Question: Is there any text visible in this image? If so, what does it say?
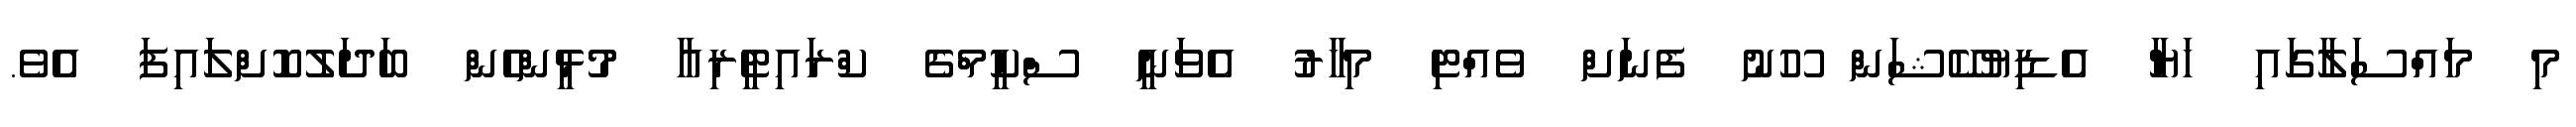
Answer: މި މައްސަލާގައި ހަޔާ އެޑިޔުކޭޝަން ހޫނު ފެނަށް ވެއްޓި މިހާރު އެވަނީ ސްކީމްގެ ކްރައިޓީރިއާ މުޅީންހެން ބަދަލުކޮށްލައިފަ އެވެ.